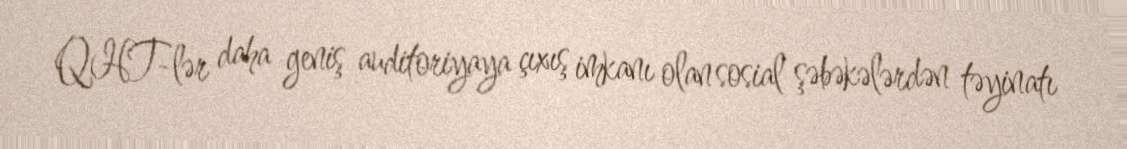
QHT-lər daha geniş auditoriyaya çıxış imkanı olan sosial şəbəkələrdən təyinatı